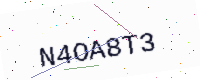
Text: N4OA8T3